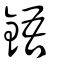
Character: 鋙